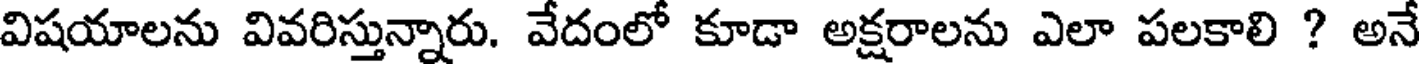
విషయాలను వివరిస్తున్నారు. వేదంలో కూడా అక్షరాలను ఎలా పలకాలి ? అనే